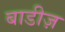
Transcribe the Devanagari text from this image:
बाडीज़